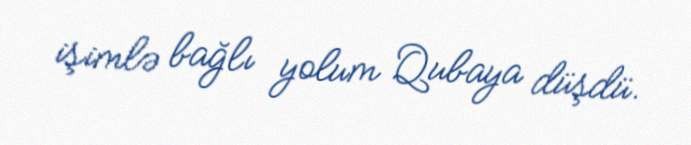
işimlə bağlı yolum Qubaya düşdü.